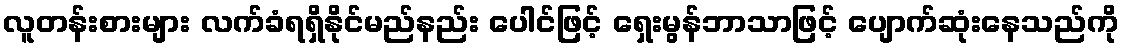
လူတန်းစားများ လက်ခံရရှိနိုင်မည်နည်း ပေါင်ဖြင့် ရှေးမွန်ဘာသာဖြင့် ပျောက်ဆုံးနေသည်ကို